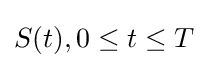
{\mathbf {} }S(t),0\leq t\leq T